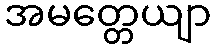
အမတ္တေယျာ